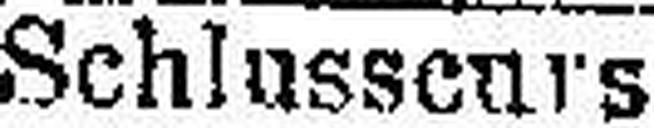
Schlusscurs